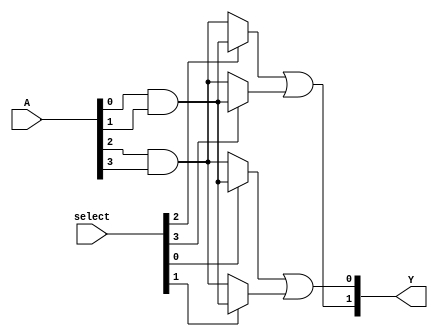
module SPAL (
    input wire [N-1:0] A,          // Inputs (e.g., A, B, C, ...)
    input wire [M-1:0] select,     // Selection lines for programming AND gates
    output wire [P-1:0] Y          // Outputs
);
    parameter N = 8;               // Number of inputs
    parameter M = 4;               // Number of AND gates
    parameter P = 2;               // Number of outputs

    // Internal wires for AND gate outputs
    wire [M-1:0] and_out;          // Outputs of AND gates

    // Programmable AND array
    genvar i, j;
    generate
        for (i = 0; i < M; i = i + 1) begin : and_array
            assign and_out[i] = select[i] ? (A[0] & A[1]) :  // Example logic for AND gate
                               (A[2] & A[3]);
        end
    endgenerate

    // Fixed OR array
    assign Y[0] = and_out[0] | and_out[1];  // Output 0
    assign Y[1] = and_out[2] | and_out[3];  // Output 1

endmodule